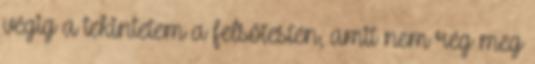
végig a tekintetem a felsőtestén, amit nem rég meg